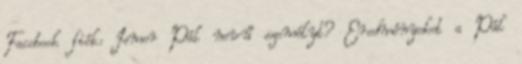
Facebook fiók: Ismer Pál nevű személyt? Eredményeket a Pál